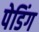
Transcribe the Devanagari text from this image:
पेडिंग